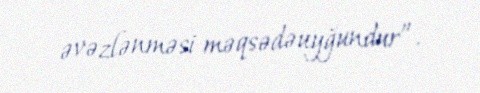
əvəzlənməsi məqsədəuyğundur”.